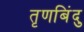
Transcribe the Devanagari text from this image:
तृणबिंदु